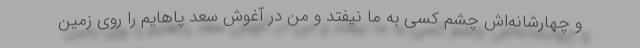
و چهارشانه‌اش چشم کسی به ما نیفتد و من در آغوش سعد پاهایم را روی زمین